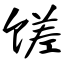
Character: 馐